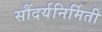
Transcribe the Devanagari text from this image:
सौंदर्यनिर्मिती